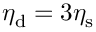
\eta _ { \mathrm { d } } = 3 \eta _ { \mathrm { s } }